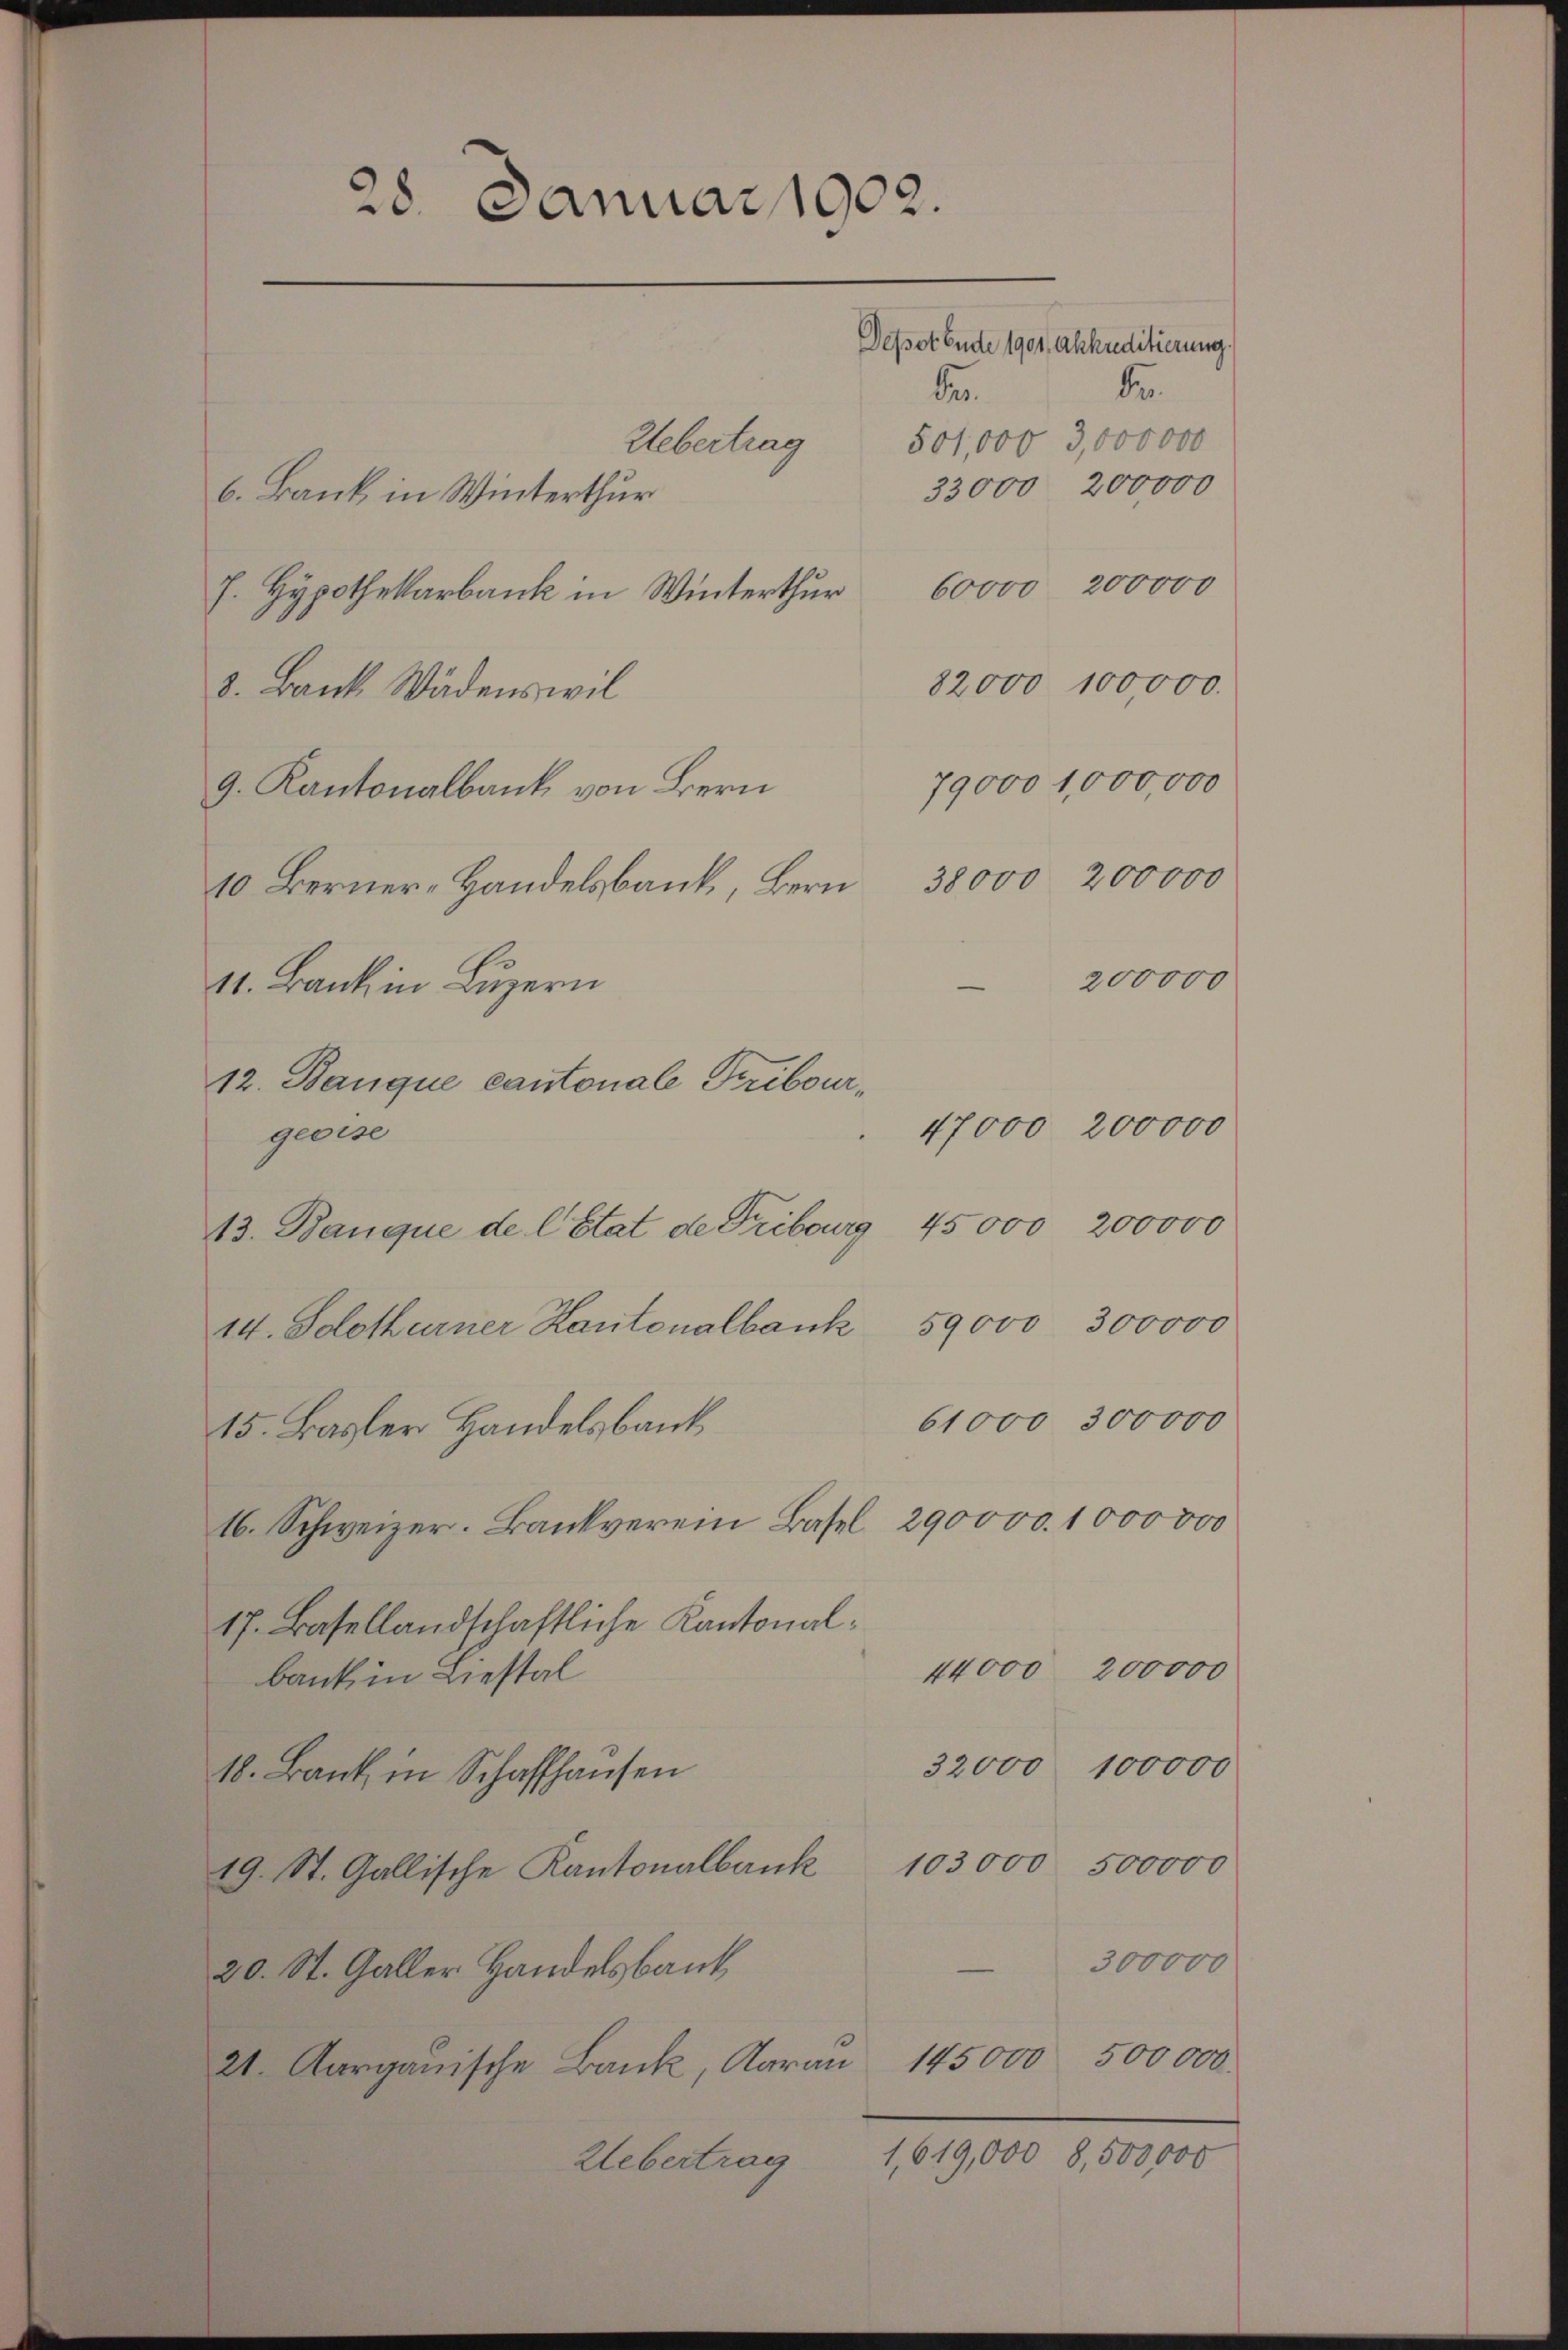
28. Januar 1902.
Depot Ende 1901, Ahhuditierung.
Fr.
de
501,000 3,000 000
Uebertrag
33000, 200,000
6. Bank in Winterthur

60000, 200000
geoise
59000 300000
14. Solothurner Kantonalbank
61000 300000
15. Basler Handelsbank
16. Schweizer. Bankverein Basel, 290000. 1000000
17. Basellandschaftliche Kantonal¬
200000
44000
bank in Liestal
32000 100000
18. Bank in Schaffhausen
19. St. Gallische Kantonalbank 103000 500000
300000
20. St. Galler Handelsbank
21. Aarganische Bank, Aarau 145000 500000
1,619,000 8,500,000
Uebertrag

J. Hypothekarbank in Winterthur
8. Bank Wädenswil
9. Kantonalbank von Bern 79000 1,000,000
11. Bank in Luzern
12. Banque cantonale Tribour¬
13. Banque de l. Etat de Fribourg 45000, 200000

10 Berner-Handelsbank, Bern 38000 200000

82000 100,000.
200000

47000, 200000